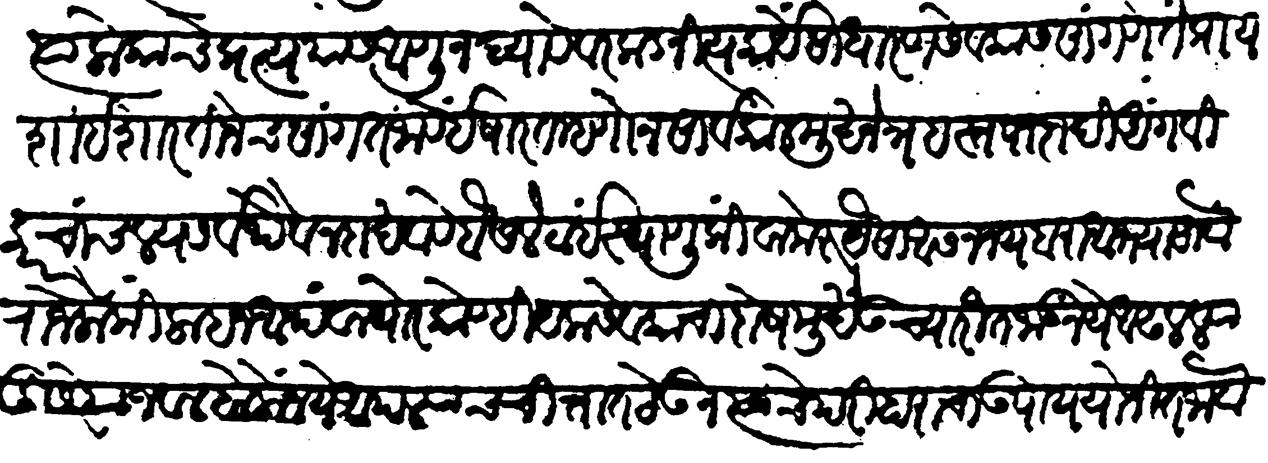
Transliteration (Devanagari): त्या लोकांचे प्रत्ययास आणू न द्यावे वरकड नित्यकार्ये साधारण सेवकास सांगणे तें प्रायशा इशारतीनेच सांगत जावें इशारत म्हणोन सार्वकाळ मुखनेत्रहस्तपादादि अंग विकार चांचल्य सर्वथैव न दाखवावें बैसले ठाई स्थाणु किंवा मेरु यैसा आसन्नय बरा अभ्यासावा राजलोकी लहान अथवा थोर कोण्ही येक सेवकाचा दोष मुखें उच्चारीत जाऊ नये आढळल्या दुसरेयाजवळ बोलो नये आपल्याच चित्तांत ठेऊन त्याचे परिहाराचा उपाय योजीत जावे